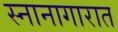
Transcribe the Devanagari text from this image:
स्नानागारात